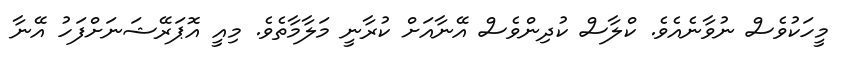
މީހަކުވެސް ނުވާނެއެވެ. ކްލާސް ކުދިންވެސް އޭނާއަށް ކުރާނީ މަލާމާތެވެ. މިއީ އޮޕަރޭޝަނަށްފަހު އޭނާ